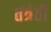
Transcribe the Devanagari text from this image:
तंत्रेही